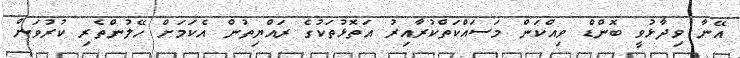
އޭނާ ވިދާޅުވީ ބޮންޑް ވިއްކަން މަސައްކަތްކުރާއިރު އަތޮޅުތަކުގެ ރައްޔިތުން އެކަމަށް ހޭލުންތެރި ކުރުވަން